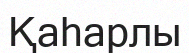
Қаһарлы